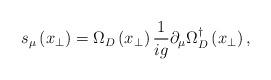
LaTeX: \begin{align*}s_{\mu}\left(x_{\perp}\right) = \Omega_{D}\left(x_{\perp}\right) \frac{1}{ig}\partial _{\mu}\Omega_{D}^{\dagger}\left(x_{\perp}\right), \end{align*}